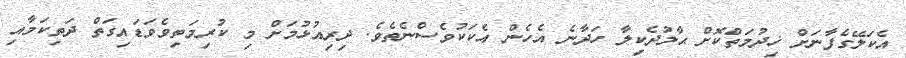
އެކަލޭގެފާނަށް ޚިދުމަތްކޮށް ޙާލުދެކިލާ ހަދާނެ އެހެން އެކަކުވެސްނެތެވެ. ދިރިއުޅުމަށް މި ކުރިމަތިވެވަޑައިގަތް ދަތިކަމާއި